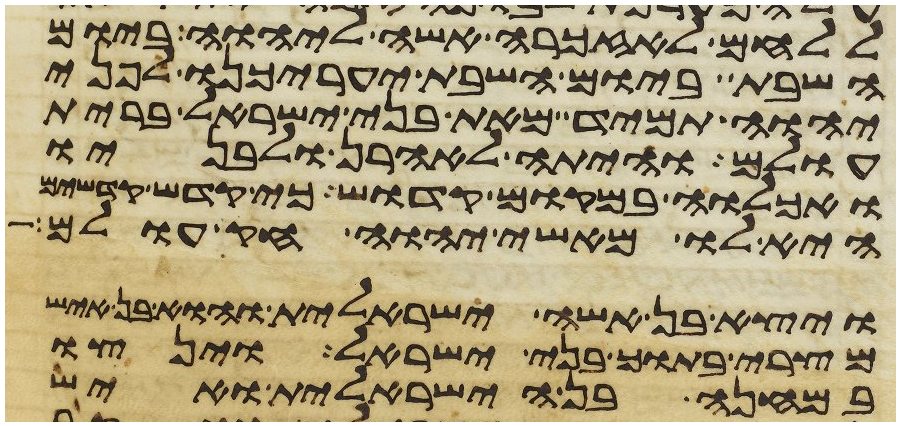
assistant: ללחם לאזכרה אשה ליהוה ביום
השבת ביום השבת יערכנו לפני
יהוה תמיד מאת בני ישראל ברית
עולם והיתה לאהרן ולבניו
ואכלוה במקום קדוש כי קדש קדשים
היא לו מאשי יהוה חק עולם
ויצא בן אשה ישראלית והוא בן איש
מצרי בתוך בני ישראל וינצו
במחנה בן הישראלית ואיש